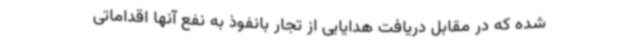
شده که در مقابل دریافت هدایایی از تجار بانفوذ به نفع آنها اقداماتی